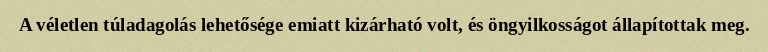
A véletlen túladagolás lehetősége emiatt kizárható volt, és öngyilkosságot állapítottak meg.